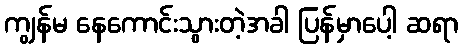
ကျွန်မ နေကောင်းသွားတဲ့အခါ ပြန်မှာပေါ့ ဆရာ